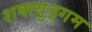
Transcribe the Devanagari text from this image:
शक्त्युद्गम